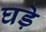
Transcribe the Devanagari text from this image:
घडे़